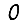
Digit: 0